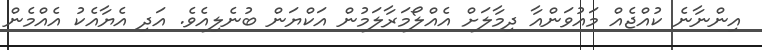
އިންނާނެ ކުއްޖެއް މައުވަންއާ ދިމާލަށް އެއްލޯމަރާލަމުން އަކްޔަން ބުނެލިއެވެ. އަދި އެޔާއެކު އެއްމެން